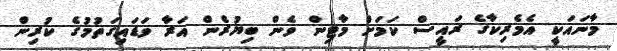
މާނައަކީ އެމެރިކާގެ ރައީސް ކަމަށް މާޓިން ވެން ބިޔުރެން އަރާ ވަޑައިގަތުމުގެ ކުރިން